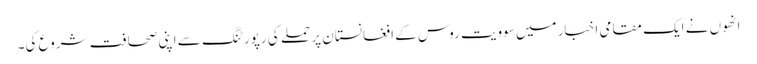
انھوں نے ایک مقامی اخبار میں سوویت روس کے افغانستان پر حملے کی رپورٹنگ سے اپنی صحافت شروع کی۔